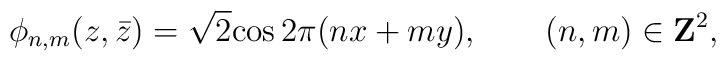
\phi_{n,m}(z,\bar z) =\sqrt 2 {\rm cos}\, 2\pi (nx +my),\qquad (n,m)\in {\bf Z}^2,